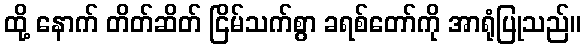
ထို့ နောက် တိတ်ဆိတ် ငြိမ်သက်စွာ ခရစ်တော်ကို အာရုံပြုသည်။